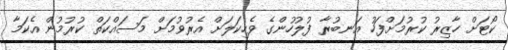
ކޯޓަށް ހާޒިރު ކުރުމަށްފަހު އަނބުރާ ފުލުހުންގެ ވެހިކަލަށް އެރުވުމަށް މަސައްކަތް ކުރުމުން އެކަމާ